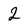
Character: 2